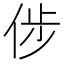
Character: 𠉡